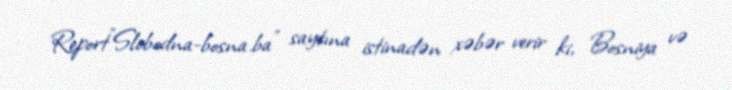
Report"Slobodna-bosna.ba" saytına istinadən xəbər verir ki, Bosniya və